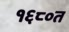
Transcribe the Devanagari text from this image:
१६८०त